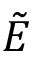
\tilde { E }